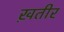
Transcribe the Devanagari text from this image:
ख़तीर